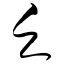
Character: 乏